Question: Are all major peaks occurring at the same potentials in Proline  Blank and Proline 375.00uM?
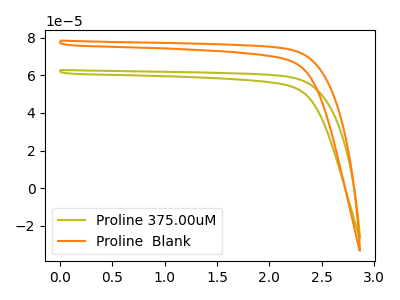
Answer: <think>The olive curve "Proline 375.00uM" has no peaks. The orange curve "Proline  Blank" has no peaks.</think>
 <answer>Niether CV has any peaks.</answer>
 <eval>blanks</eval>